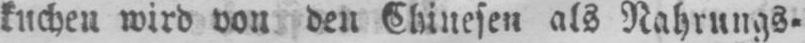
kuchen wird von den Chinesen als Nahrungs⸗